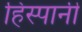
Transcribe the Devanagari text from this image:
हिस्पानी